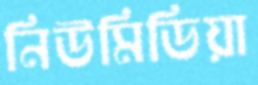
নিউমিডিয়া